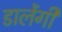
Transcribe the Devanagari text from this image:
डालेंगी